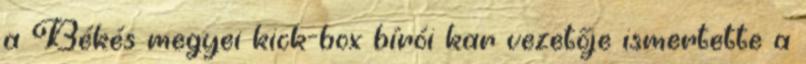
a Békés megyei kick-box bírói kar vezetője ismertette a